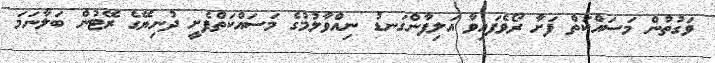
ވަގުތުން މަސައްކަތް ފަށާ ރޯވެފައިވާ އަލިފާންގަނޑު ނިއްވާލުމުގެ މަސައްކަތްފެށީ ދުނިޔޭގެ ރޭޓުން ބަލާނަމަ